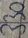
Text: 330